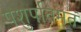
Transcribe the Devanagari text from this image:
पशुपतिमतं